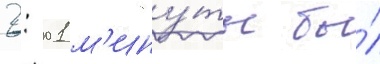
2: 01 м'ину́ты бы́л